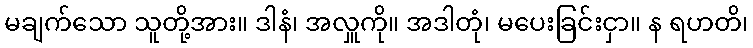
မချက်သော သူတို့အား။ ဒါနံ၊ အလှူကို။ အဒါတုံ၊ မပေးခြင်းငှာ။ န ရဟတိ၊